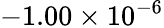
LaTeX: -1.00\times 10^{-6}